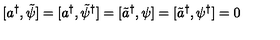
[ a ^ { \dagger } , \tilde { \psi } ] = [ a ^ { \dagger } , \tilde { \psi } ^ { \dagger } ] = [ \tilde { a } ^ { \dagger } , \psi ] = [ \tilde { a } ^ { \dagger } , \psi ^ { \dagger } ] = 0